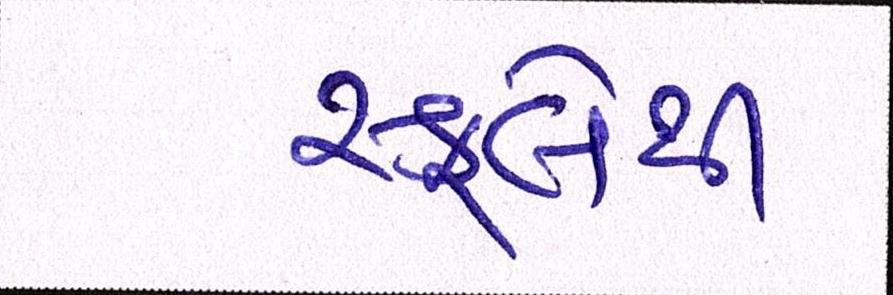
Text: સ્કૂલેથી